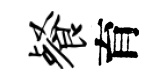
餐育